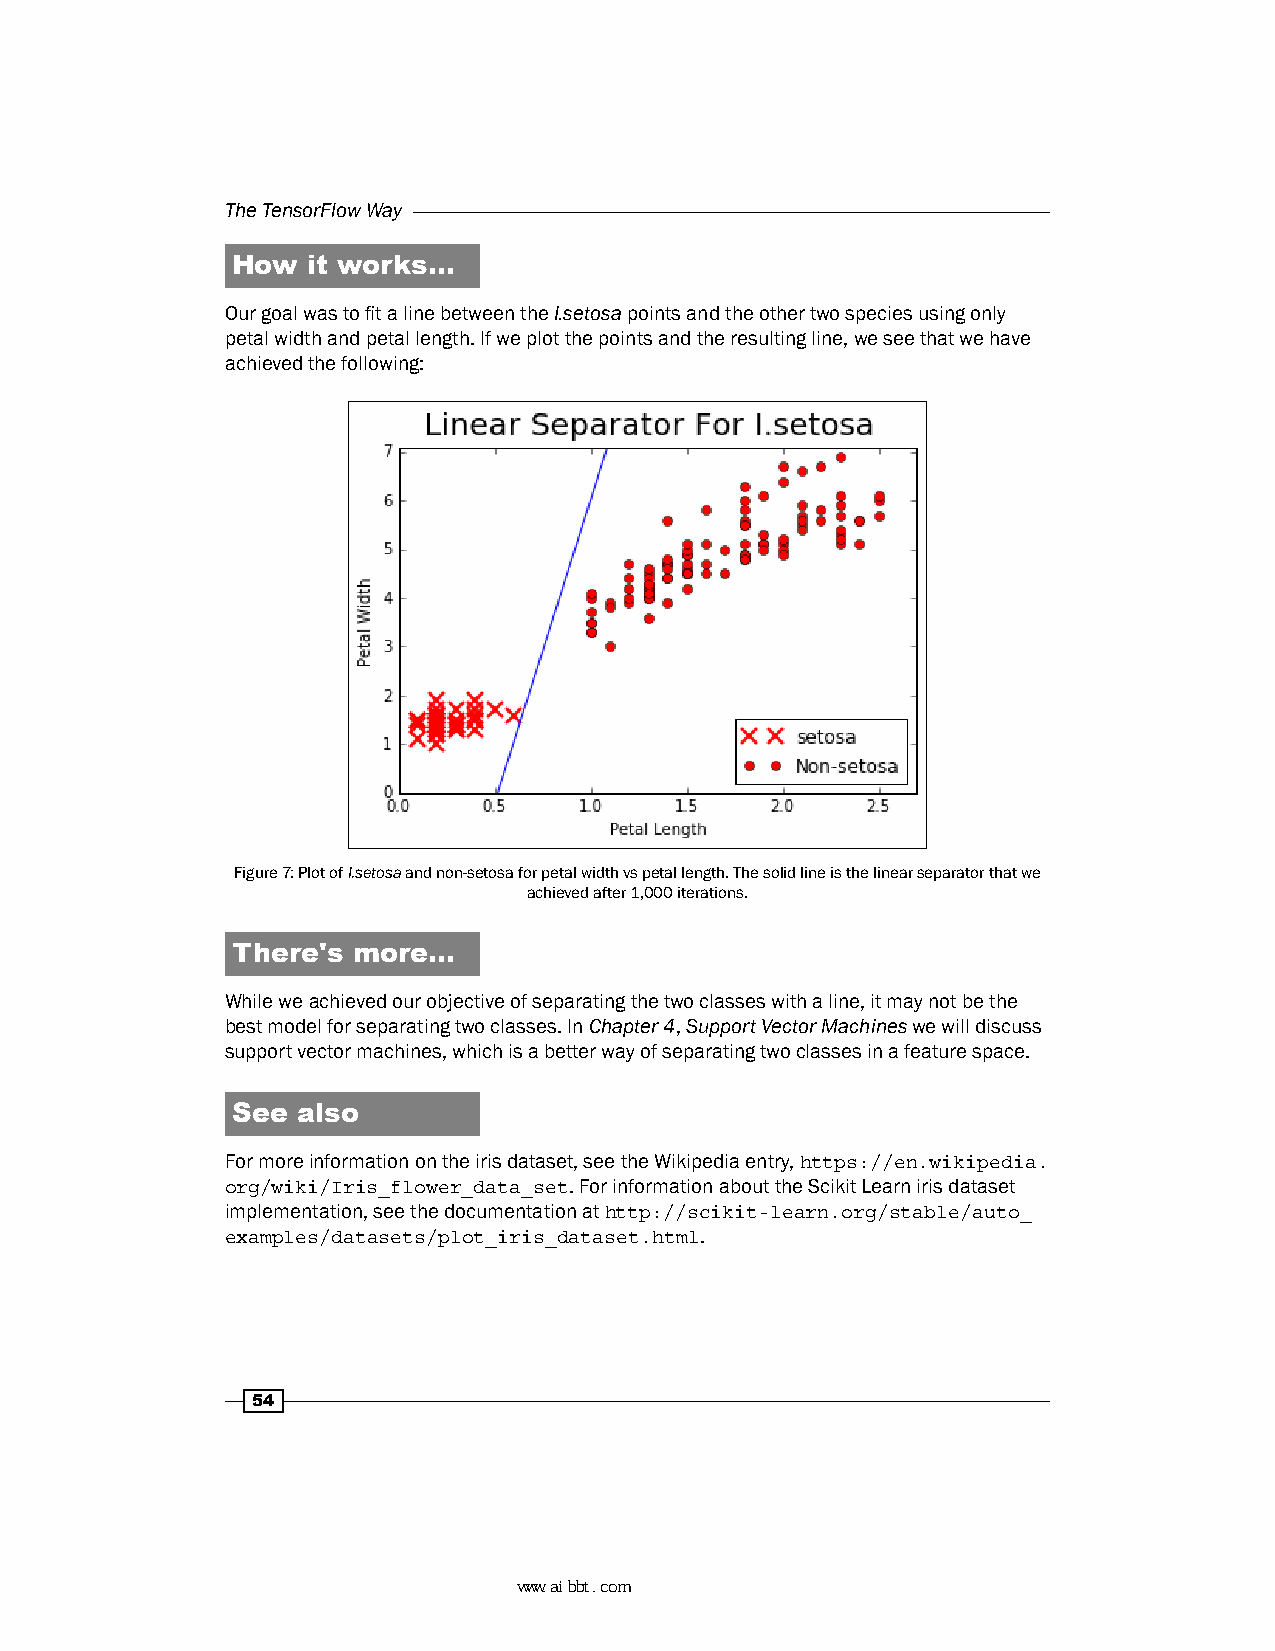
The TensorFlow Way
 How  it works…
 Our goal was to fit a line between the I.setosa points and the other two species using only
 petal width and petal length. If we plot the points and the resulting line, we see that we have
 achieved the following:
 Figure 7: Plot of I.setosa and non-setosa for petal width vs petal length. The solid line is the linear separator that we
 achieved after 1,000 iterations.
 There's more…
 While we achieved our objective of separating the two classes with a line, it may not be the
 best model for separating two classes. In Chapter 4, Support Vector Machines we will discuss
 support vector machines, which is a better way of separating two classes in a feature space.
 See  also
 For more information on the iris dataset, see the Wikipedia entry, https://en.wikipedia.
 org/wiki/Iris_flower_data_set. For information about the Scikit Learn iris dataset
 implementation, see the documentation at http://scikit-learn.org/stable/auto_
 examples/datasets/plot_iris_dataset.html.
 54
 www.aibbt.com 让未来触手可及